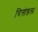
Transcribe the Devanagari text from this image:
चित्तोडला